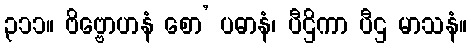
၃၁၁။ ဗိဗ္ဗောဟနံ စော’ ပဓာနံ၊ ပီဌိကာ ပီဌ မာသနံ။